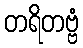
တရိတဗ္ဗံ